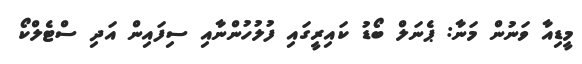
މީޑިއާ ވަނުން މަނާ: ޕެނަލް ބޯޑު ކައިރީގައި ފުލުހުންނާއި ސިފައިން އަދި ސްޓެލްކޯ